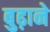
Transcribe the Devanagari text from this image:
बुढ़ाने